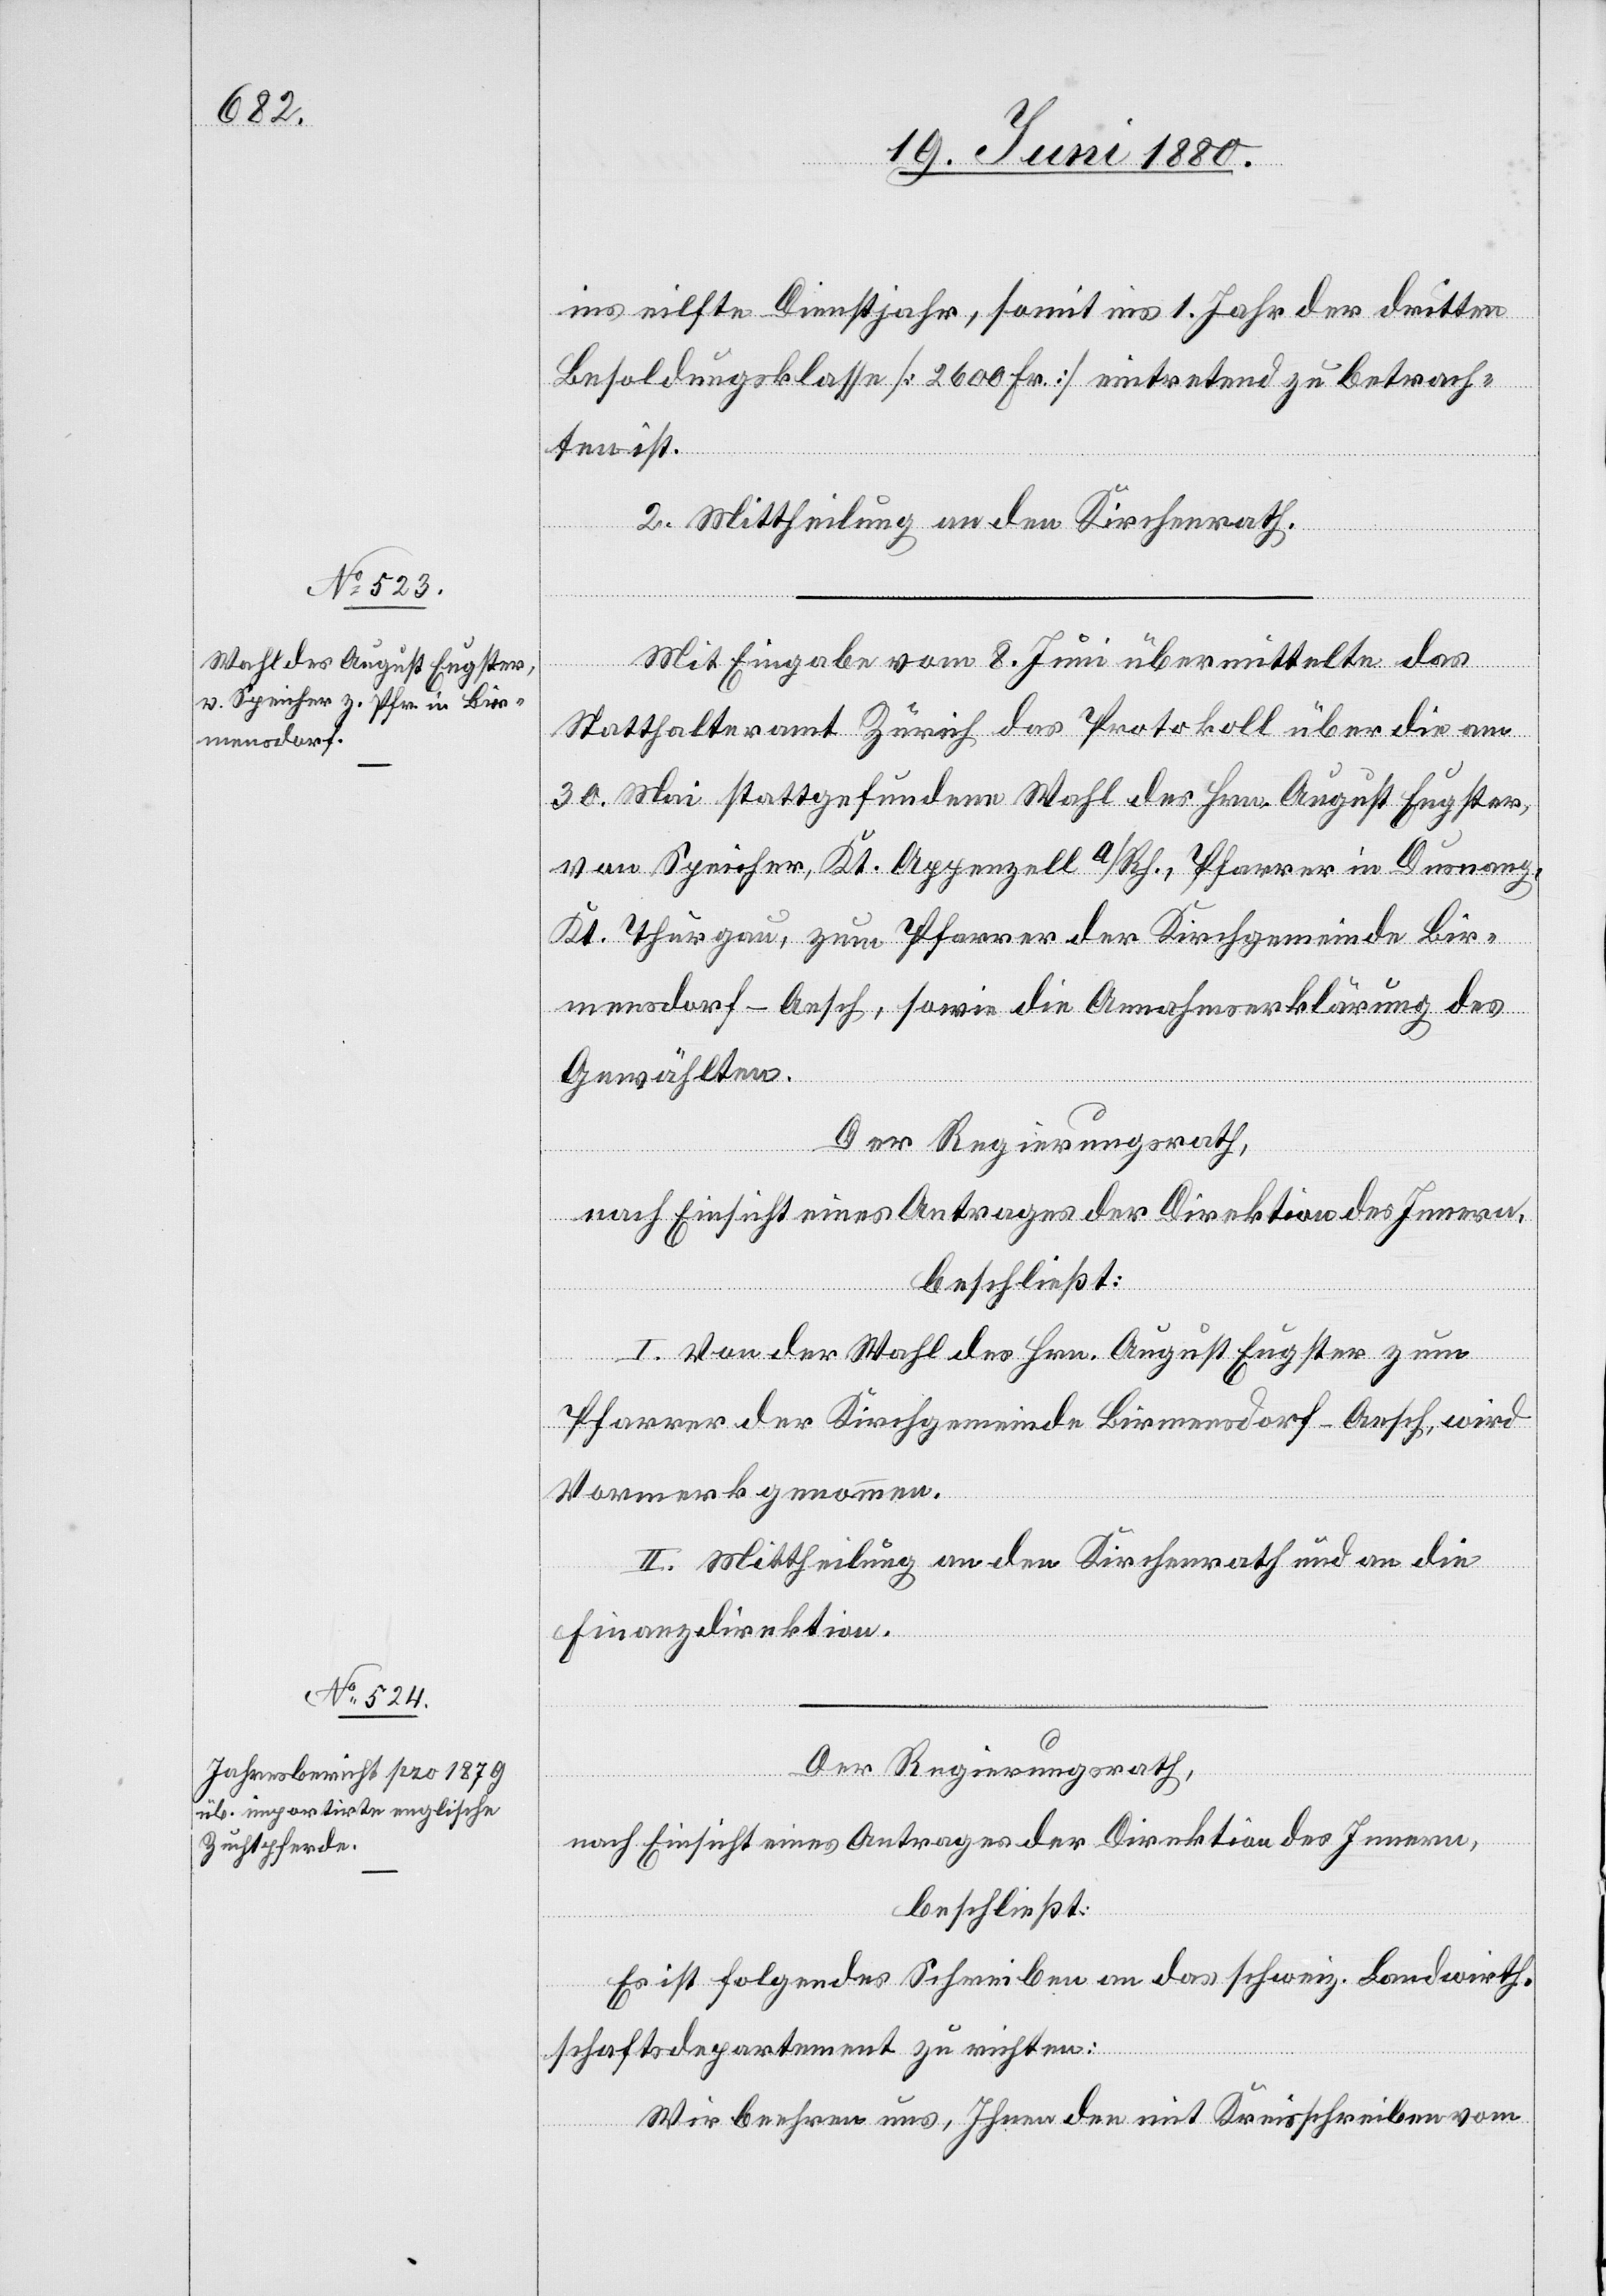
ins eilfte Diensjahr, somit ins 1. Jahr der dritten
Besoldungsklasse [2600 Fr.] eintretend zu betrach¬
ten ist.
2. Mittheilung an den Kirchenrath.
Mit Eingabe vom 8. Juni übermittelte das
Statthalteramt Zürich das Protokoll über die am
30. Mai stattgefundene Wahl des Hrn. August Eugster,
von Speicher, Kt. Appenzell a/Rh., Pfarrer in Dusnang,
Kt. Thurgau, zum Pfarrer der Kirchgemeinde Bir¬
mensdorf - Aesch, sowie die Annahmserklärung des
Gewählten.
Der Regierungsrath,
nach Einsicht eines Antrages der Direktion des Innern,
beschließt:
I. Von der Wahl des Hrn. August Eugster zum
Pfarrer der Kirchgemeine Birmensdorf - Aesch, wird
Vormerk genommen.
II. Mittheilung an den Kirchenrath und an die
Finanzdirektion.
Der Regierungsrath;
nach Einsicht eines Antrages der Direktion des Innern,
beschließt:
Es ist folgendes Schreiben an das schweiz. Landwirth¬
schaftsdepartement zu richten:
Wir beehren uns, Ihnen den mit Kreisschreiben vom